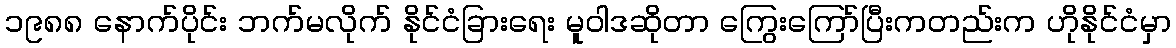
၁၉၈၈ နောက်ပိုင်း ဘက်မလိုက် နိုင်ငံခြားရေး မူဝါဒဆိုတာ ကြွေးကြော်ပြီးကတည်းက ဟိုနိုင်ငံမှာ